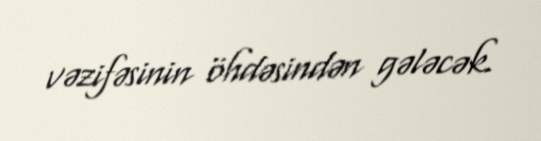
vəzifəsinin öhdəsindən gələcək.